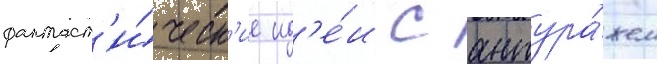
фантаст'и́ческ'ие ид'е́и с антура́жем